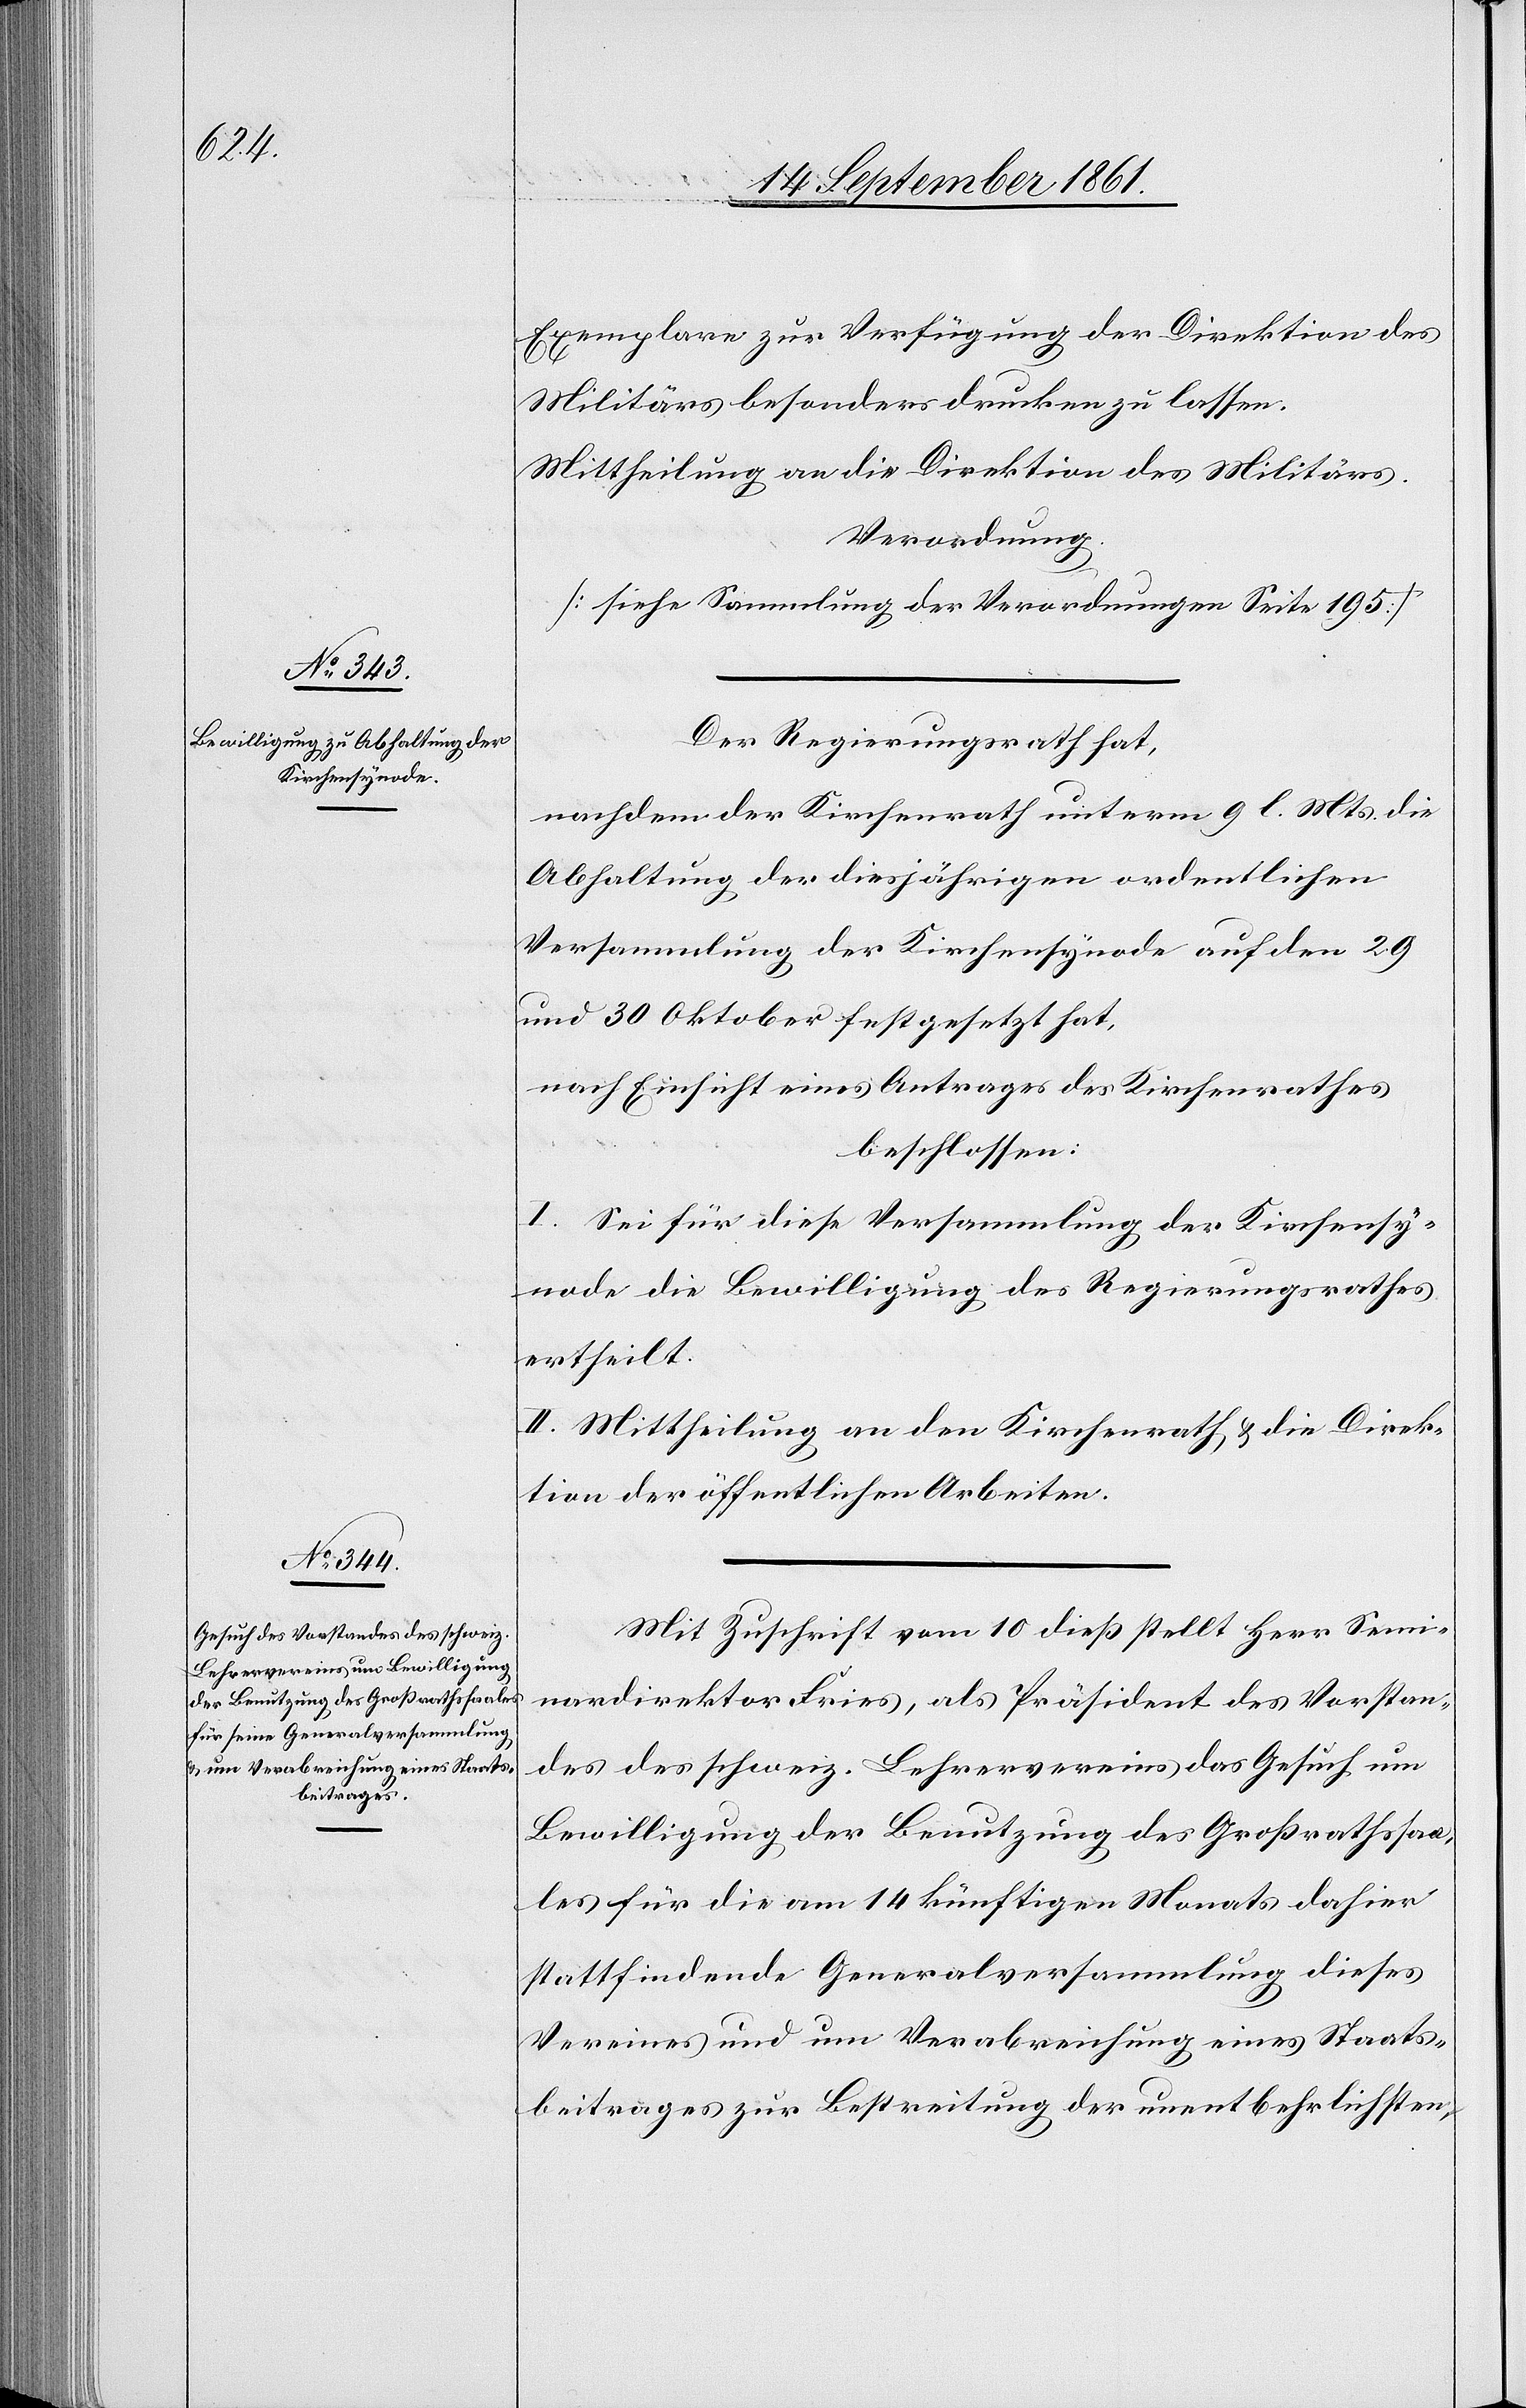
Exemplare zur Verfügung der Direktion des
Militärs besonders drucken zu lassen.
Mittheilung an die Direktion des Militärs.
Verordnung.
[siehe Sammlung der Verordnungen Seite 195]
Der Regierungsrath hat,
nachdem der Kirchenrath unterm 9 l. Mts. die
Abhaltung der diesjährigen ordentlichen
Versammlung der Kirchensynode auf den 29
und 30 Oktober festgesetzt hat,
nach Einsicht eines Antrages des Kirchenrathes
beschlossen:
I. Sei für diese Versammlung der Kirchensy¬
node die Bewilligung des Regierungsrathes
ertheilt.
II. Mittheilung an den Kirchenrath u. die Direk¬
tion der öffentlichen Arbeiten.
Mit Zuschrift vom 10 dieß stellt Herr Semi¬
nardirektor Fries, als Präsident des Vorstan¬
des des schweiz. Lehrervereins das Gesuch um
Bewilligung der Benutzung des Großrathssaa¬
les für die am 14 künftigen Monats dahier
stattfindende Generalversammlung dieses
Vereines und um Verabreichung eines Staats¬
beitrages zur Bestreitung der unentbehrlichsten,